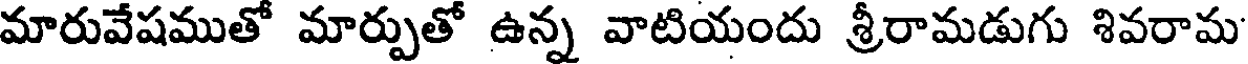
మారువేషముతో మార్పుతో ఉన్న వాటియందు శ్రీరామడుగు శివరామ